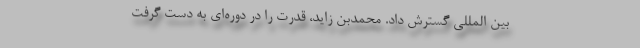
بین المللی گسترش داد. محمدبن زاید، قدرت را در دوره‌ای به دست گرفت